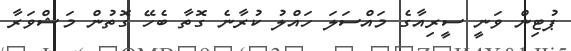
ޕުޓިން ވަނީ ސީރިއާގެ މައްސަލަ ހައްލު ކުރާނެ ގޮތާ ބެހޭ ގޮތުން މަޝްވަރާ